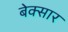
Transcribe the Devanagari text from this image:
बेक्सार